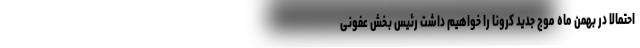
احتمالا در بهمن ماه موج جدید کرونا را خواهیم داشت رئیس بخش عفونی